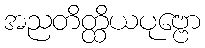
အညတိတ္ထိယပုဗ္ဗော